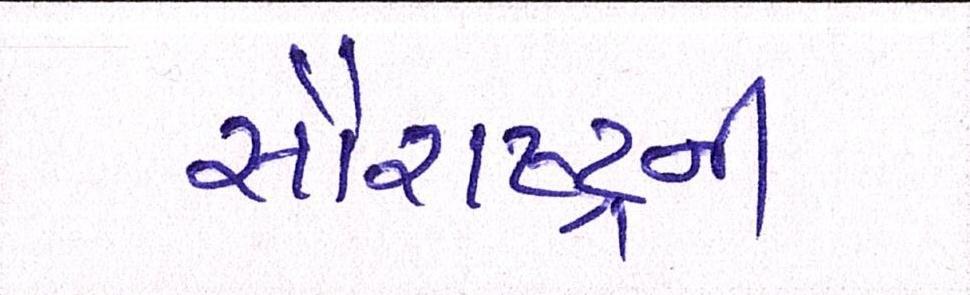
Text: સૌરાષ્ટ્રની